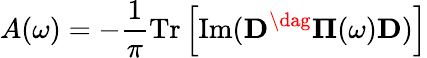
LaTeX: A(\omega)=-\frac{1}{\pi}\operatorname{Tr}\left[\operatorname{Im}(\mathbf{D^{\dag}}\mathbf{\Pi}(\omega)\mathbf{D})\right]